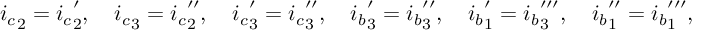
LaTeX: { i _ { c } } _ { 2 } = { i _ { c } } _ { 2 } ^ { \prime } , \quad { i _ { c } } _ { 3 } = { i _ { c } } _ { 2 } ^ { \prime \prime } , \quad { i _ { c } } _ { 3 } ^ { \prime } = { i _ { c } } _ { 3 } ^ { \prime \prime } , \quad { i _ { b } } _ { 3 } ^ { \prime } = { i _ { b } } _ { 3 } ^ { \prime \prime } , \quad { i _ { b } } _ { 1 } ^ { \prime } = { i _ { b } } _ { 3 } ^ { \prime \prime \prime } , \quad { i _ { b } } _ { 1 } ^ { \prime \prime } = { i _ { b } } _ { 1 } ^ { \prime \prime \prime } ,